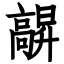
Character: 髜